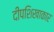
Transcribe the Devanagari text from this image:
दीपशिखाकार